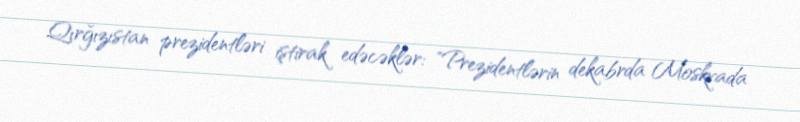
Qırğızıstan prezidentləri iştirak edəcəklər: "Prezidentlərin dekabrda Moskvada